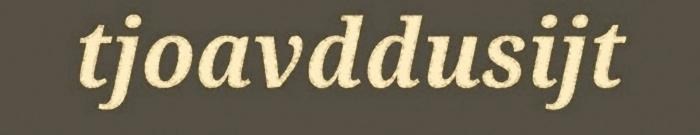
tjoavddusijt